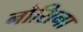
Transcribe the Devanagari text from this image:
नौसिना